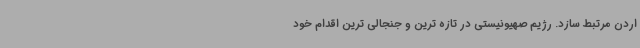
اردن مرتبط سازد. رژیم صهیونیستی در تازه ترین و جنجالی ترین اقدام خود